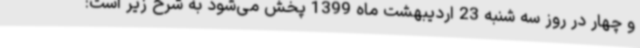
و چهار در روز سه شنبه 23 اردیبهشت ماه 1399 پخش می‌شود به شرح زیر است: